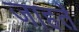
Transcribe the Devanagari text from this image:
जाहते